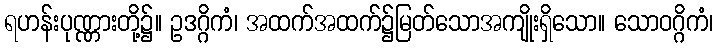
ရဟန်းပုဏ္ဏားတို့၌။ ဥဒဂ္ဂိကံ၊ အထက်အထက်၌မြတ်သောအကျိုးရှိသော။ သောဝဂ္ဂိကံ၊